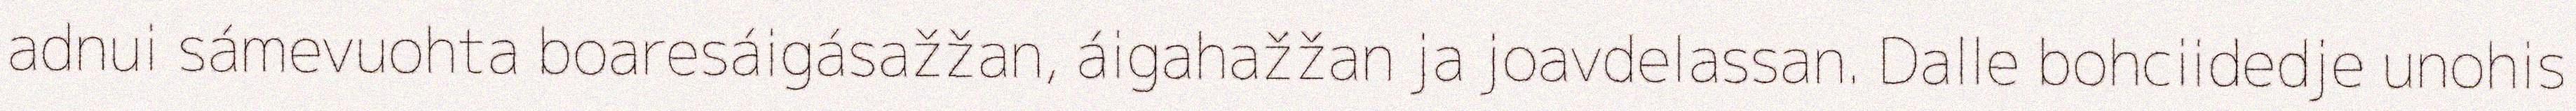
adnui sámevuohta boaresáigásažžan, áigahažžan ja joavdelassan. Dalle bohciidedje unohis